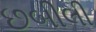
છબીલી